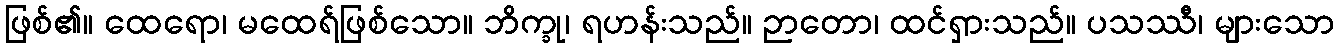
ဖြစ်၏။ ထေရော၊ မထေရ်ဖြစ်သော။ ဘိက္ခု၊ ရဟန်းသည်။ ဉာတော၊ ထင်ရှားသည်။ ပသဿီ၊ များသော